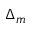
\Delta _ { m }